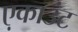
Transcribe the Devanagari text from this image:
ए़काउंट